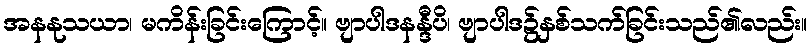
အနနုသယာ၊ မကိန်းခြင်းကြောင့်။ ဗျာပါဒနန္ဒီပိ၊ ဗျာပါဒ၌နှစ်သက်ခြင်းသည်၏လည်း။